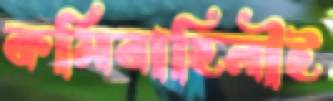
কর্মিবাহিনীই